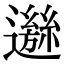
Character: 𨘁